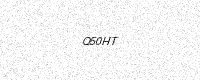
Text: Q50HT